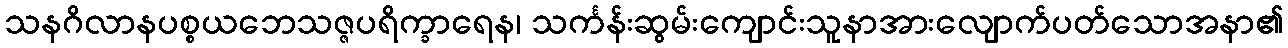
သနဂိလာနပစ္စယဘေသဇ္ဇပရိက္ခာရေန၊ သင်္ကန်းဆွမ်းကျောင်းသူနာအားလျောက်ပတ်သောအနာ၏